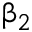
\upbeta _ { 2 }